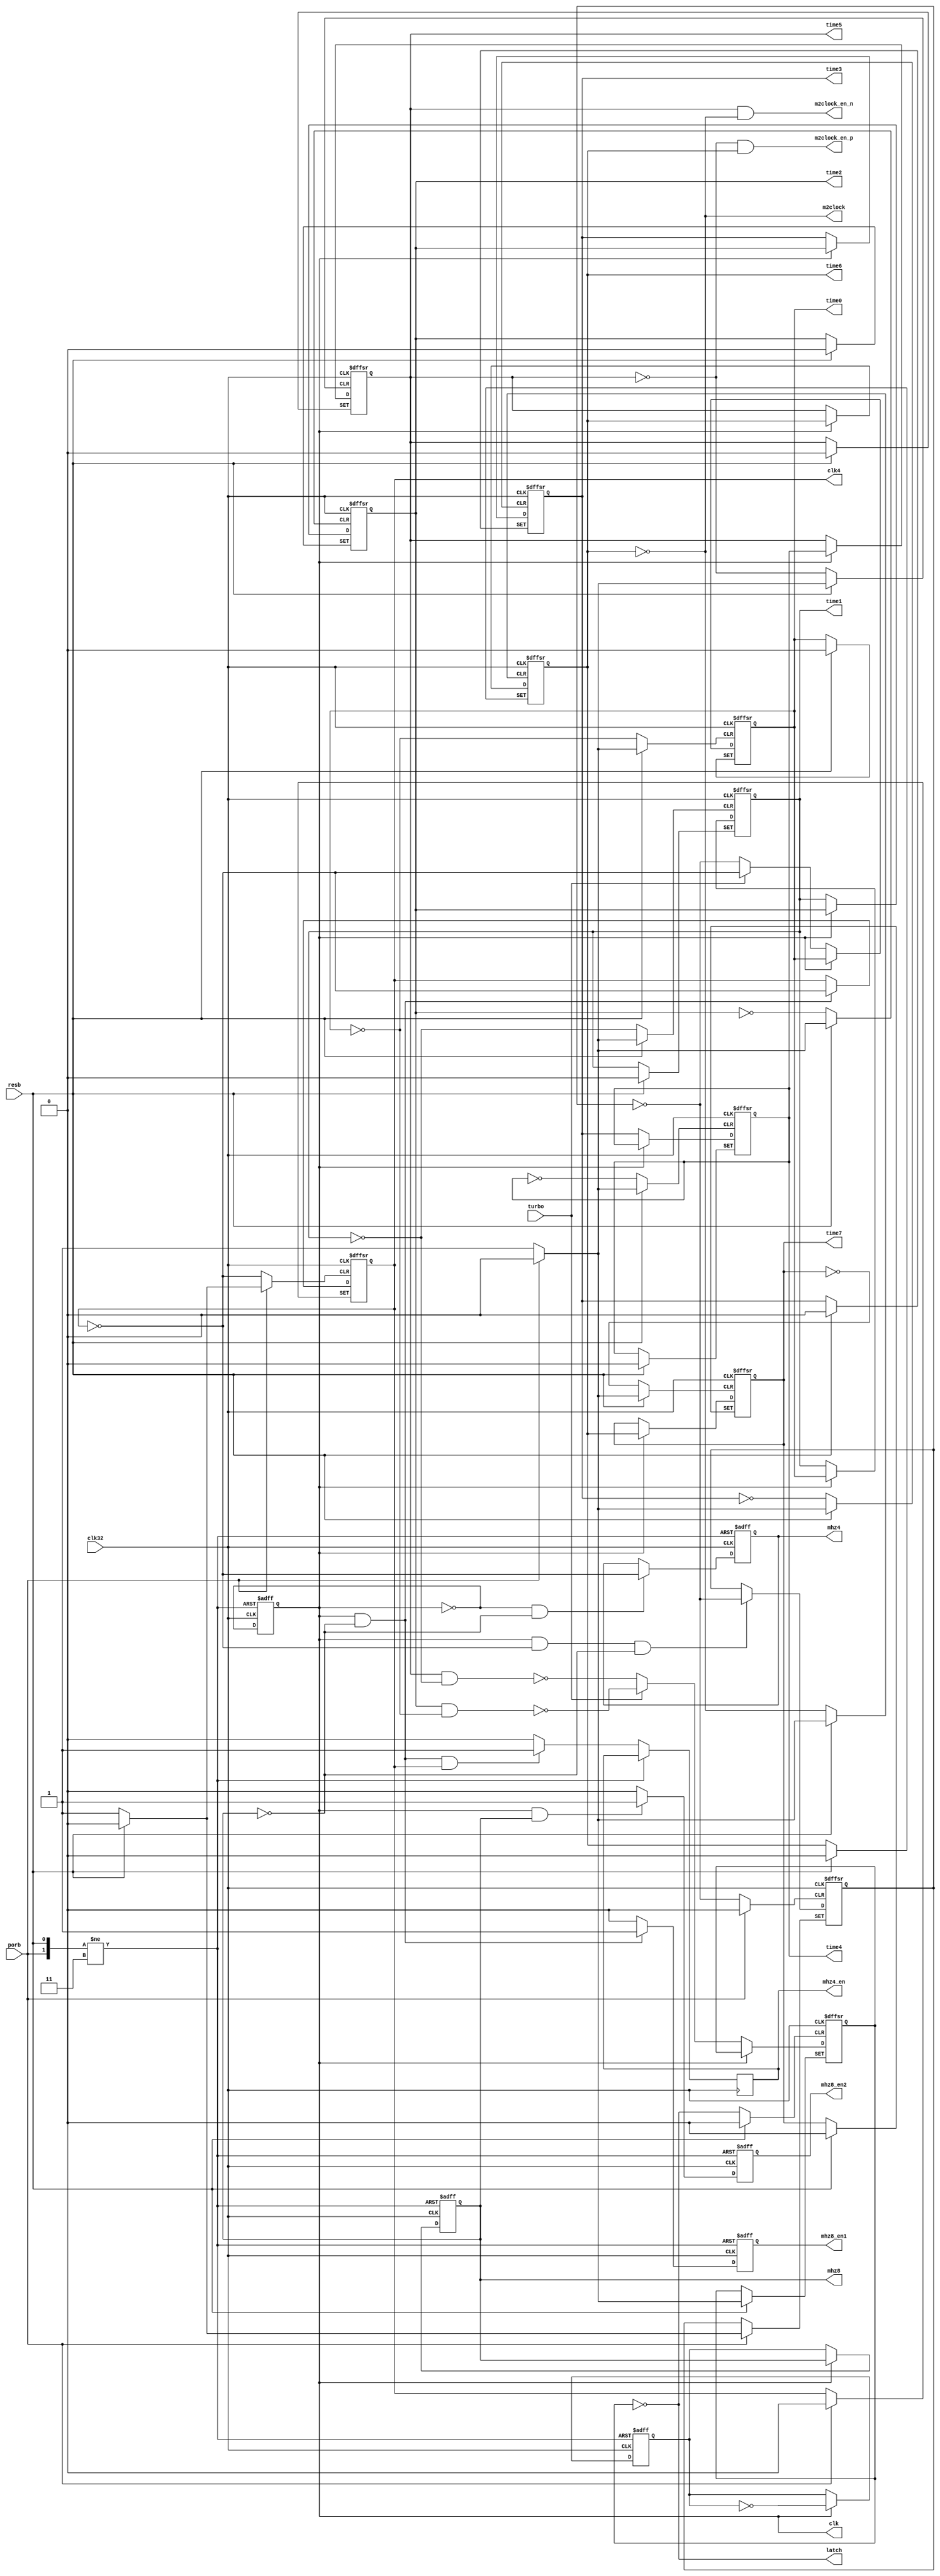
module clockgen (
	input clk32,
	input resb,
	input porb,
	input turbo,
	output clk,
	output mhz8,
	output reg mhz8_en1,
	output reg mhz8_en2,
	output mhz4,
	output reg mhz4_en,
	output time0,
	output time1,
	output time2,
	output time3,
	output time4,
	output time5,
	output time6,
	output time7,
	output m2clock,
	output m2clock_en_p,
	output m2clock_en_n,
	output clk4,
	output latch
);

assign clk          = mhz16_s;
assign mhz8         = mhz8_s;
assign mhz4         = mhz4_s;
assign time0        = time0_s;
assign time1        = time1_s;
assign time2        = time2_s;
assign time3        = time3_s;
assign time4        = time4_s;
assign time5        = time5_s;
assign time6        = time6_s;
assign time7        = time7_s;
assign m2clock      = ~time6_s;
assign m2clock_en_p = ~time5_s &  time6_s;
assign m2clock_en_n =  time5_s & ~time6_s;
assign clk4         = l2_s;
assign latch        = ~latchb_s;

`ifdef VERILATOR

// timing signals according to the original schematics

wire mhz8_a = !porb ? 0 : (clk ? l1 : mhz8_a);
wire mhz4_a = !porb ? 1 : (clk ? ~l2 : mhz4_a);
wire time0_a = !porb ? 0 : ( clk ? ~l3 : time0_a);
wire time1_a = !porb ? 0 : (~clk ? time0_a : time1_a);
wire time2_a = !porb ? 0 : ( clk ? time1_a : time2_a);
wire time3_a = !porb ? 0 : (~clk ? time2_a : time3_a);
wire time4_a = !porb ? 0 : ( clk ? time3_a : time4_a);
wire time5_a = !porb ? 0 : (~clk ? time4_a : time5_a);
wire time6_a = !porb ? 1 : ( clk ? time5_a : time6_a);
wire m2clock_a = ~time6_a;
wire cycsel_a = !porb ? 0 : (~clk ? time6_a : cycsel_a);
wire latchb_a = !porb ? 1 : (clk ? ~(time5_a & ~time1) : latchb_a);
wire latch_a = ~latchb_a;
//assign lcycselb = !porb ? 0 : (~clk ? ~time6 : lcycselb);

reg l1, l2, l3;

always @(negedge clk, negedge resb) begin
	if (!resb) begin
		{l1, l2} <= 0;
		l3 <= 1;
	end else begin
		l1 <= ~l1;
		l2 <= l1 ? l2 : ~l2;
		l3 <= (~l1 & ~l2) ? ~l3 : l3;
	end
end

`endif

// timing signals synchronous to clk32
// output waveforms are identical to the original

reg mhz16_s;
reg mhz8_sD, mhz8_s;
reg l2_s, l3_s;
reg mhz4_s;
reg time0_s;
reg time1_s;
reg time2_s;
reg time3_s;
reg time4_s;
reg time5_s; // addrsel
reg time6_s;
reg time7_s; // cycsel
reg latchb_s;

always @(posedge clk32, negedge resb, negedge porb) begin
	if (!porb) begin
		{ mhz16_s, mhz8_sD, mhz8_s, mhz8_en1, mhz8_en2, mhz4_s } <= 0;
		{ time0_s, time1_s, time2_s, time3_s, time4_s, time5_s, time6_s, time7_s } <= 0;
		latchb_s <= 1;
	end else if (!resb) begin
		{ mhz16_s, mhz8_sD, mhz8_s, mhz8_en1, mhz8_en2, mhz4_s } <= 0;
		l2_s <= 0;
		l3_s <= 1;
	end else begin
		{ mhz8_en1, mhz8_en2, mhz4_en } <= 0;
		mhz16_s <= ~mhz16_s;
		if ( mhz16_s) mhz8_sD <= ~mhz8_sD;
		if (~mhz16_s) mhz8_s <= mhz8_sD;
		if ( mhz16_s & ~mhz8_s) mhz8_en1 <= 1;
		if ( mhz16_s &  mhz8_s) mhz8_en2 <= 1;

		if ( mhz16_s & ~mhz8_s) l2_s <= ~l2_s;
		if (~mhz16_s & ~mhz8_s) mhz4_s <= ~l2_s;
		if ( mhz16_s & ~mhz8_s & l2_s) mhz4_en <= 1;

		if (mhz16_s & ~l2_s & ~mhz8_s) l3_s <= ~l3_s;
		if (~mhz16_s) time0_s <= turbo ? ~l2_s : ~l3_s;
		if ( mhz16_s) time1_s <= time0_s;
		if (~mhz16_s) time2_s <= time1_s;
		if ( mhz16_s) time3_s <= time2_s;
		if (~mhz16_s) time4_s <= time3_s;
		if ( mhz16_s) time5_s <= time4_s;
		if (~mhz16_s) time6_s <= time5_s;
		if ( mhz16_s) time7_s <= time6_s;

		if (~mhz16_s) latchb_s <= turbo ? ~(time2_s & ~time0_s) : ~(time5_s & ~time1_s);

	end
end

endmodule